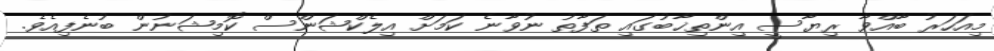
މިއަހަރު ބާއްވާ ރިޔާސީ އިންތިޚާބުގައި ތަފާތު ނުވާނެ ކަމަށް އިލެކްޝަންސް ކޮމިޝަނުން ބުނެފިއެވެ.